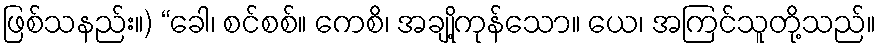
ဖြစ်သနည်း။) “ခေါ၊ စင်စစ်။ ကေစိ၊ အချို့ကုန်သော။ ယေ၊ အကြင်သူတို့သည်။